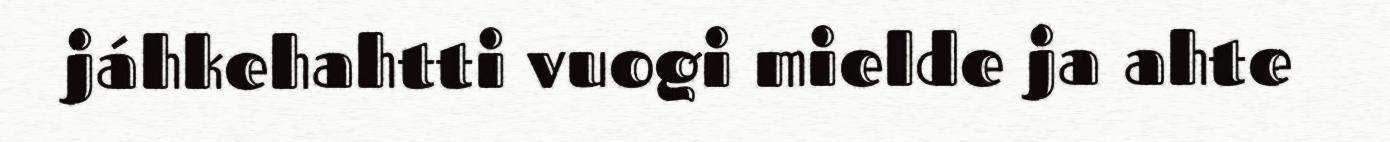
jáhkehahtti vuogi mielde ja ahte